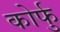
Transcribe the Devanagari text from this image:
कोर्फु